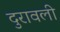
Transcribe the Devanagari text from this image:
दुरावली